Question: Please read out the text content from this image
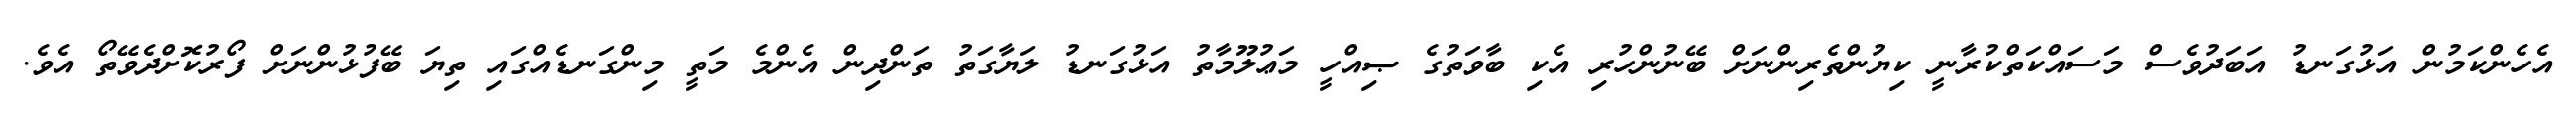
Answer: އެހެންކަމުން އަޅުގަނޑު އަބަދުވެސް މަސައްކަތްކުރާނީ ކިޔުންތެރިންނަށް ބޭނުންހުރި އެކި ބާވަތުގެ ޞިއްހީ މަޢުލޫމާތު އަޅުގަނޑު ލަޔާގަތު ތަންދިން އެންމެ މަތީ މިންގަނޑެއްގައި ތިޔަ ބޭފުޅުންނަށް ފޯރުކޮށްދެވޭތޯ އެވެ.